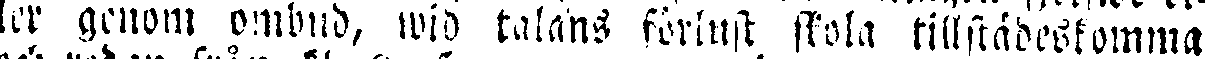
ler genom ombud, wid talans förlust skola tillstädeskomma